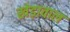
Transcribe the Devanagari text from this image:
खेड़ावाल